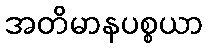
အတိမာနပစ္စယာ